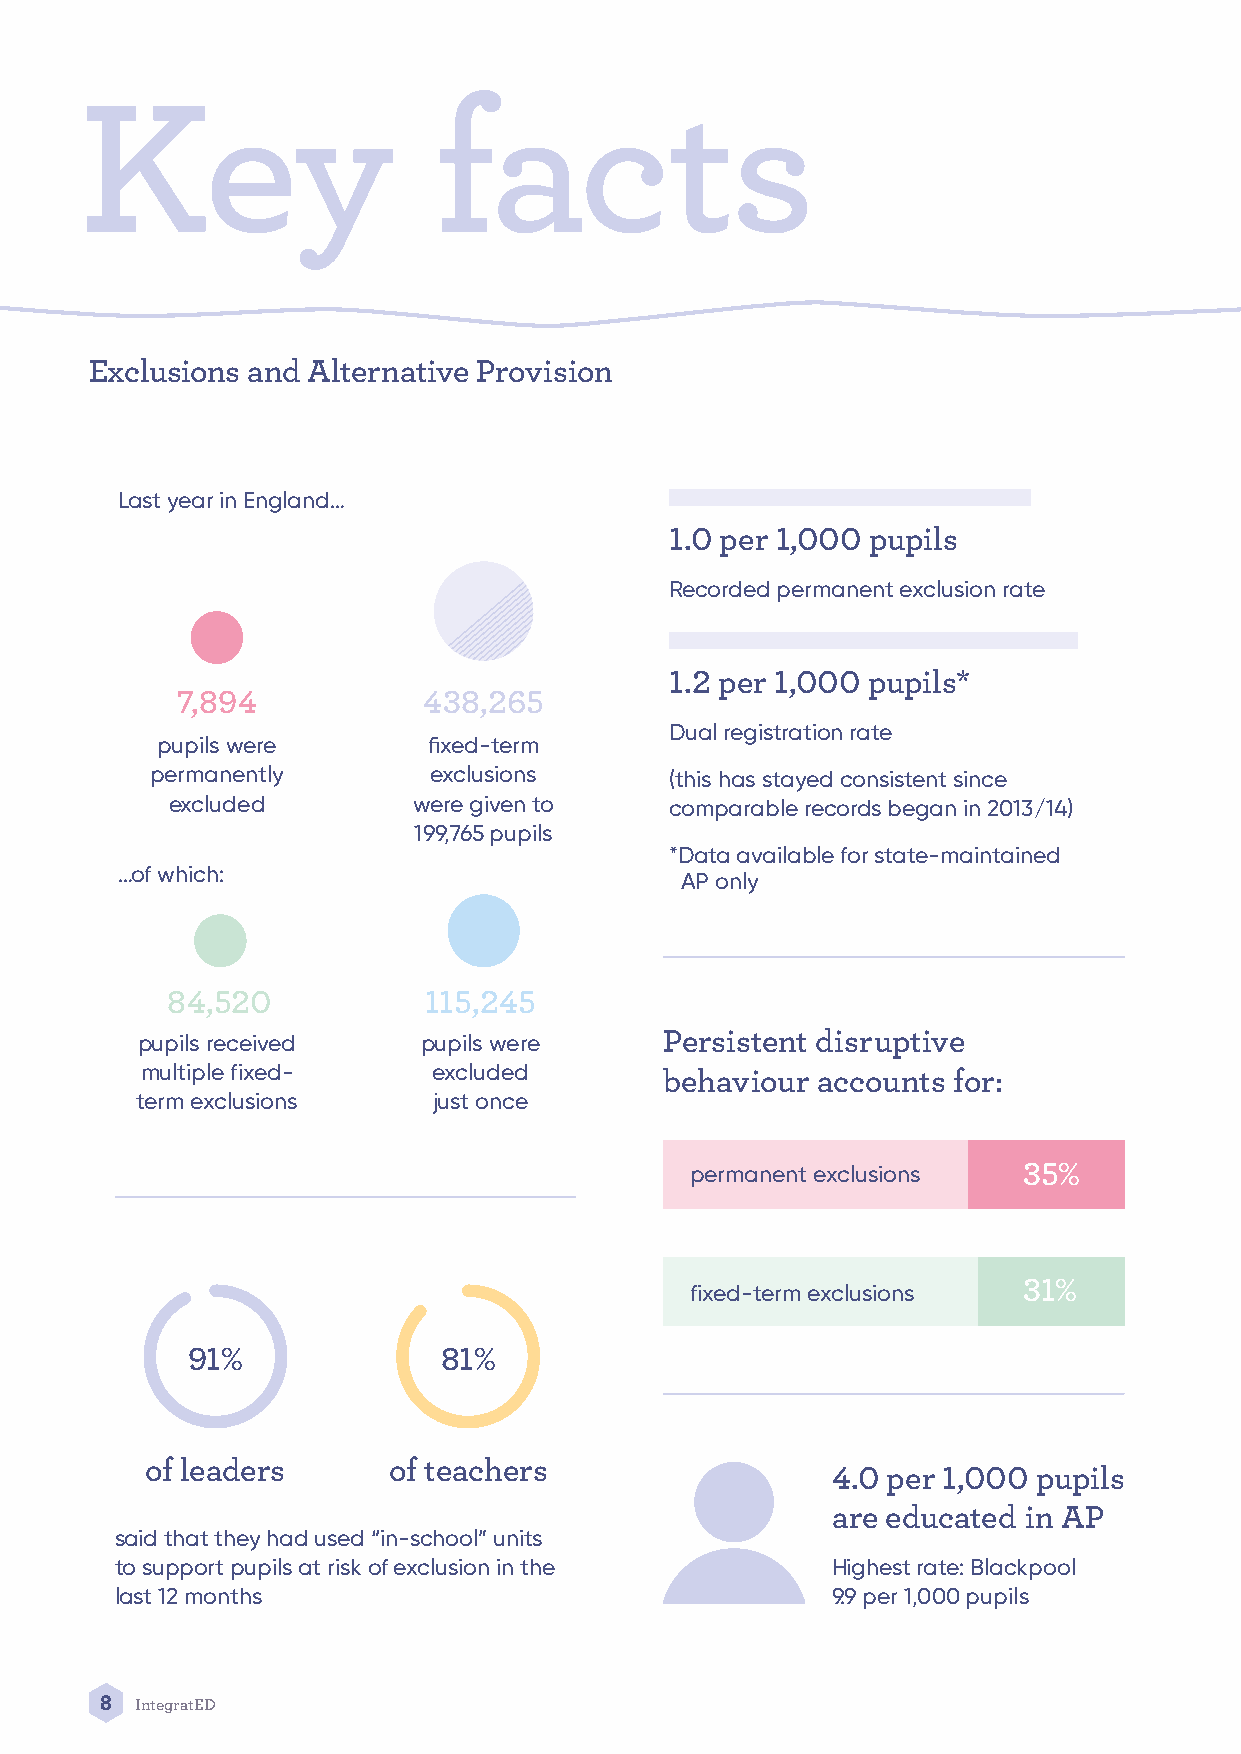
Key                     facts
 Exclusions and Alternative Provision
 Last year in England…
 1.0 per 1,000 pupils
 Recorded permanent exclusion rate
 1.2 per 1,000 pupils*
 7,894           438,265
 Dual registration rate
 pupils were       fixed-term
 permanently       exclusions      (this has stayed consistent since
 excluded        were given to    comparable records began in 2013/14)
 199,765 pupils
 *Data available for state-maintained
 …of which:
 AP only
 84,520           115,245
 pupils received    pupils were     Persistent disruptive
 multiple fixed-     excluded       behaviour accounts for:
 term exclusions     just once
 permanent exclusions  35%
 fixed-term exclusions 31%
 91%              81%
 of leaders      of teachers
 4.0 per 1,000 pupils
 are educated in AP
 said that they had used “in-school” units
 to support pupils at risk of exclusion in the  Highest rate: Blackpool
 last 12 months                                 9.9 per 1,000 pupils
 8 IntegratED